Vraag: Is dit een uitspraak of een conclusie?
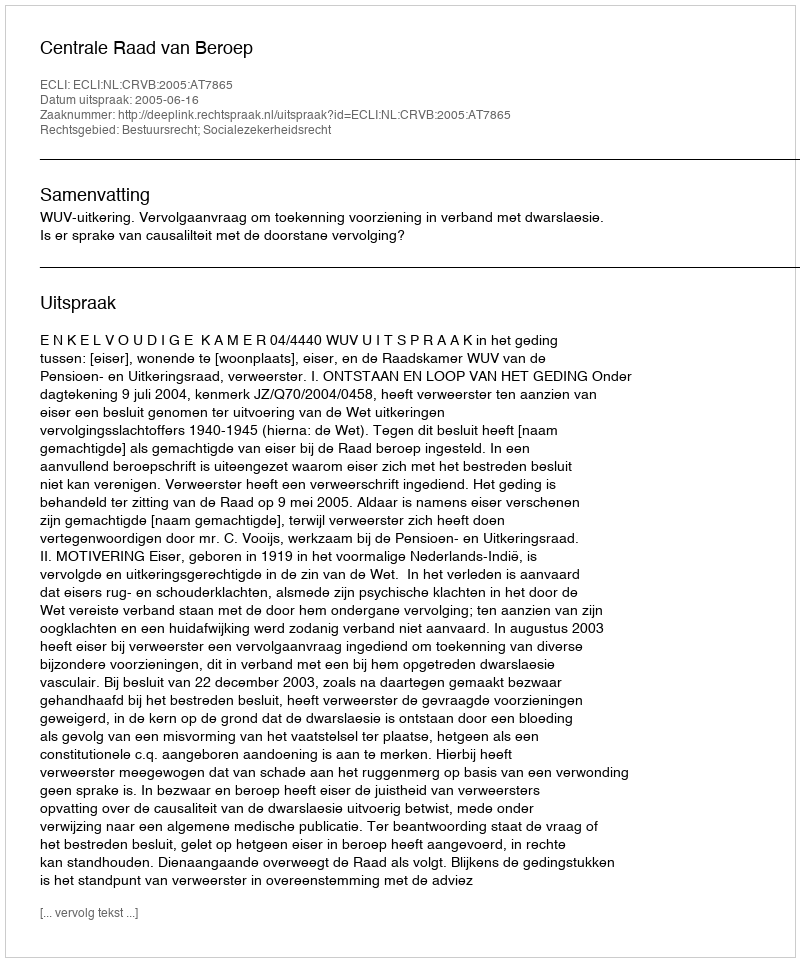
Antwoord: Uitspraak